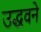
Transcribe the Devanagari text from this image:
उद्धवने